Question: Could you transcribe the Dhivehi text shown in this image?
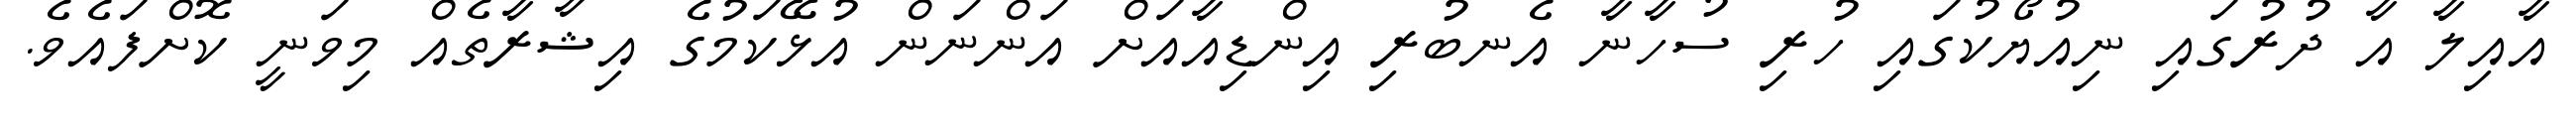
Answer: އާއިލާ އާ ދުރުގައި ނިއުޔޯކުގައި ހުރި ސުހާނާ އެނބުރި އިންޑިއާއަށް އަންނަން އުޅޭކަމުގެ އިޝާރާތެއް މިވަނީ ކޮށްފައެވެ.